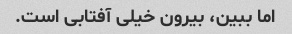
اما ببین، بیرون خیلی آفتابی است.